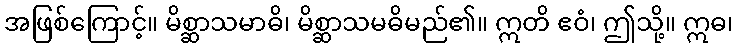
အဖြစ်ကြောင့်။ မိစ္ဆာသမာဓိ၊ မိစ္ဆာသမဓိမည်၏။ ဣတိ ဧဝံ၊ ဤသို့။ ဣဓ၊